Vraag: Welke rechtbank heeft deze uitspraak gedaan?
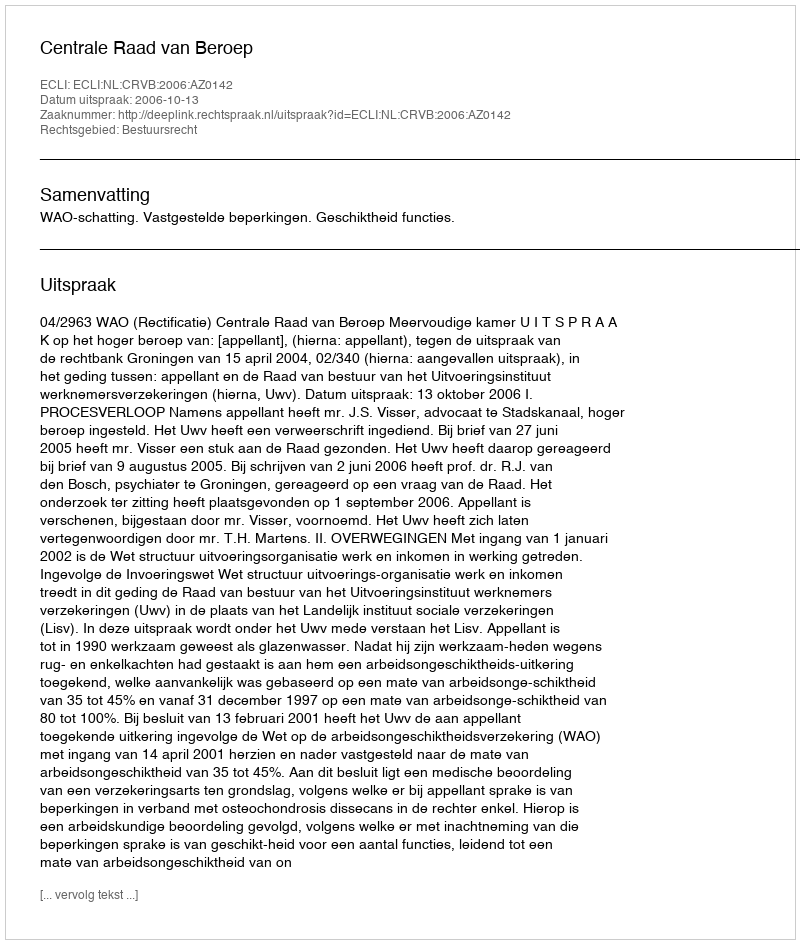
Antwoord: Centrale Raad van Beroep